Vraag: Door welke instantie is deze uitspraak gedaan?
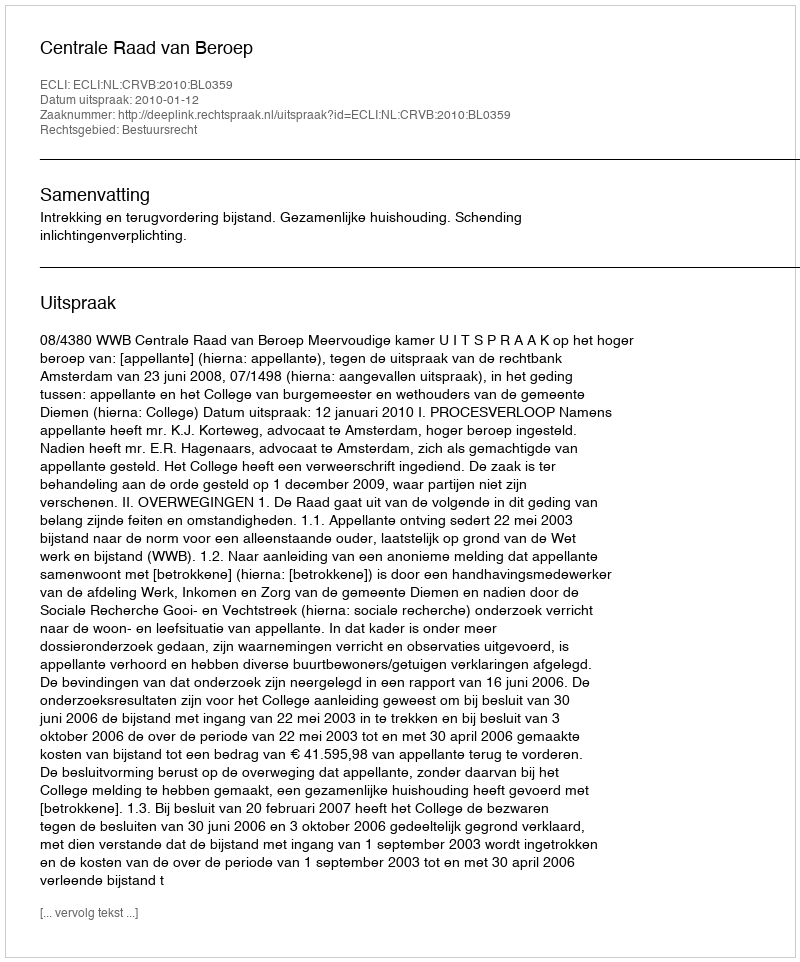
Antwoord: Centrale Raad van Beroep